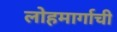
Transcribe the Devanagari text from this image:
लोहमार्गाची